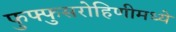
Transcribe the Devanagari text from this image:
फुफ्फुसरोहिणीमध्ये